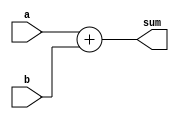
`timescale 1ns / 1ps

module adder_16bit
(
  input  wire [15:0] a,b,
  output reg [15:0] sum
);
    always@(*)
    begin
        sum = a+b;
    end
endmodule